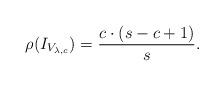
LaTeX: \begin{align*}\rho (I_{V_{\lambda, c}}) = \frac{c \cdot (s-c+1)}{s}.\end{align*}